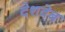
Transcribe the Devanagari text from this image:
देशवेब